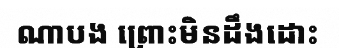
ណាបង ព្រោះមិនដឹងដោះ